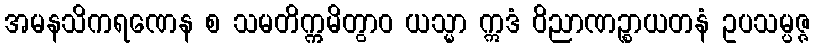
အမနသိကရဏေန စ သမတိက္ကမိတွာဝ ယသ္မာ ဣဒံ ဝိညာဏဉ္စာယတနံ ဥပသမ္ပဇ္ဇ